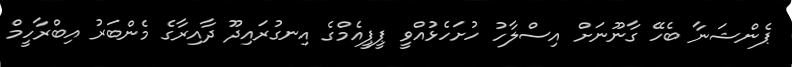
ޕެންޝަނާ ބެހޭ ގާނޫނަަށް އިސްލާހު ހުށަހެޅުއްވީ ޕީޕީއެމްގެ އިނގުރައިދޫ ދާއިރާގެ މެންބަރު އިބްރާހީމް